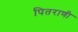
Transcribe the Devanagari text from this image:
पितराणी